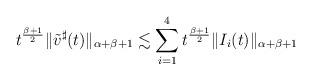
LaTeX: \begin{align*}t^{\frac{\beta+1}{2}}\|\tilde v^\sharp(t)\|_{\alpha+\beta+1}\lesssim \sum_{i=1}^4 t^{\frac{\beta+1}{2}}\|I_i(t)\|_{\alpha+\beta+1}\end{align*}